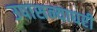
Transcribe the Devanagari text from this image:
उपासन्याघरी